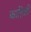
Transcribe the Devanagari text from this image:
काहिशी